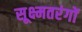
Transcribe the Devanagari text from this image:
सूक्ष्मतरंगों